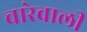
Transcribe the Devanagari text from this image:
चारेवाली